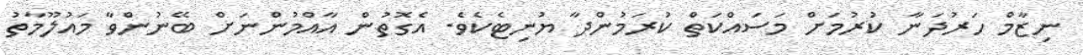
ނިޒާމް ހަރުދަނާ ކުރުމަށް މަސައްކަތް ކުރަމުންދާ ޔުނިޓެކެވެ. އެގޮތުން އާއްމުންނަށް ބޭނުންވާ މައުލޫމާތު